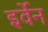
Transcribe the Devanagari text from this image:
इर्वेन